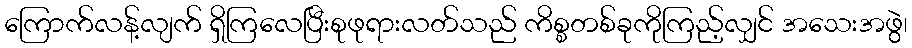
ကြောက်လန့်လျက် ရှိကြလေပြီးစုဖုရားလတ်သည် ကိစ္စတစ်ခုကိုကြည့်လျှင် အသေးအဖွဲ၊